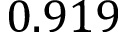
0 . 9 1 9